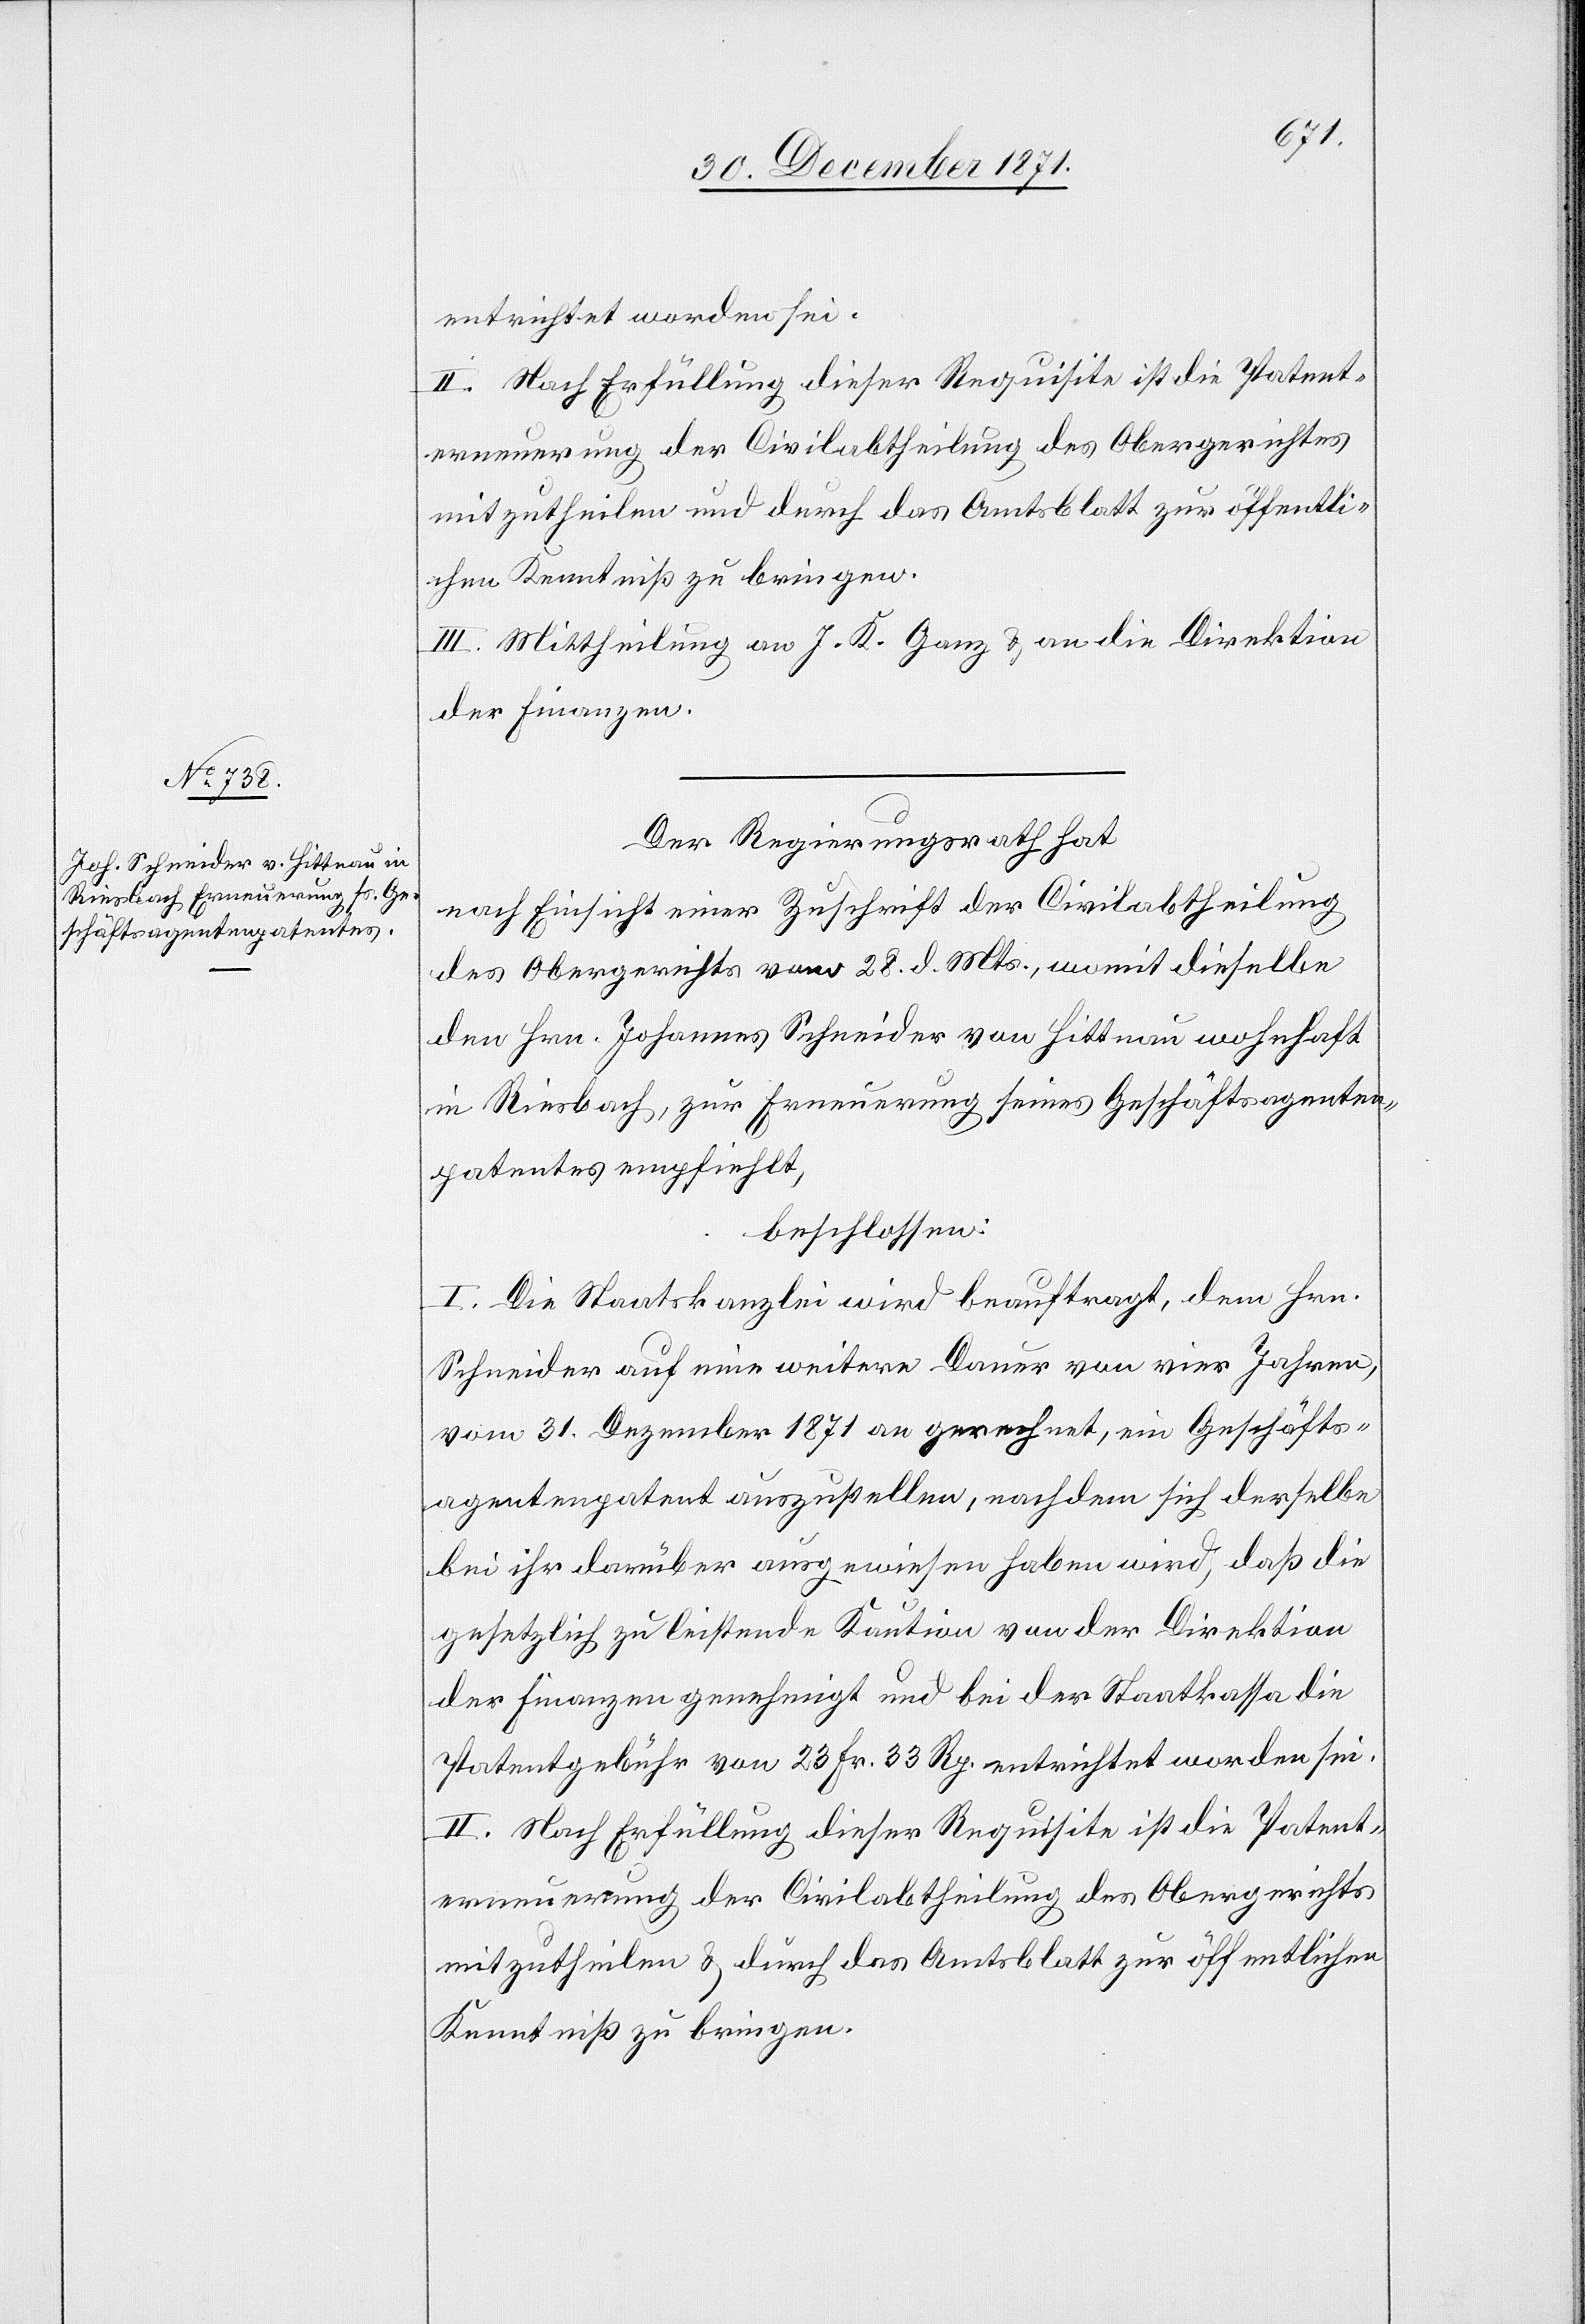
entrichtet worden sei.
II. Nach Erfüllung dieser Requisite ist die Patent¬
erneuerung der Civilabtheilung des Obergerichtes
mitzutheilen und durch das Amtsblatt zur öffentli¬
chen Kenntniß zu bringen.
III. Mittheilung an J. K. Ganz & an die Direktion
der Finanzen.
Der Regierungsrath hat
nach Einsicht einer Zuschrift der Civilabtheilung
des Obergerichts vom 28. d. Mts., womit dieselbe
den Hrn. Johannes Schneider von Hittnau wohnhaft
in Riesbach, zur Erneuerung seines Geschäftsagenten¬
patentes empfiehlt,
beschlossen:
I. Die Staatskanzlei wird beauftragt, dem Hrn.
Schneider auf eine weitere Dauer von vier Jahren,
vom 31. Dezember 1871 an gerechnet, ein Geschäfts¬
agentenpatent auszustellen, nachdem sich derselbe
bei ihr darüber ausgewiesen haben wird, daß die
gesetzlich zu leistende Kaution von der Direktion
der Finanzen genehmigt und bei der Staatskasse die
Patentgebühr von 23. Fr. 33 Rp. entrichtet worden sei.
II. Nach Erfüllung dieser Requisite ist die Patent¬
mitzutheilen & durch das Amtsblatt zur öffentlichen
Kenntniß zu bringen.